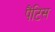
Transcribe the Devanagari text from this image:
पैंटिस